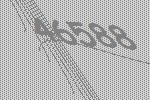
46588